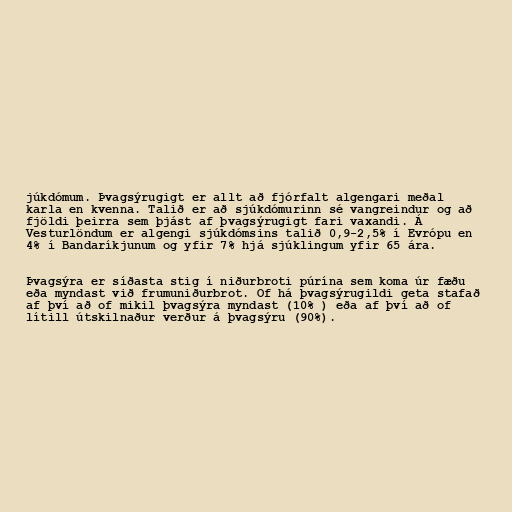
júkdómum. Þvagsýrugigt er allt að fjórfalt algengari meðal
karla en kvenna. Talið er að sjúkdómurinn sé vangreindur og að
fjöldi þeirra sem þjást af þvagsýrugigt fari vaxandi. Á
Vesturlöndum er algengi sjúkdómsins talið 0,9-2,5% í Evrópu en
4% í Bandaríkjunum og yfir 7% hjá sjúklingum yfir 65 ára.

Þvagsýra er síðasta stig í niðurbroti púrína sem koma úr fæðu
eða myndast við frumuniðurbrot. Of há þvagsýrugildi geta stafað
af því að of mikil þvagsýra myndast (10% ) eða af því að of
lítill útskilnaður verður á þvagsýru (90%).